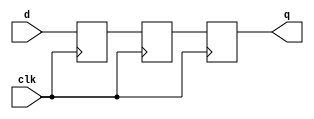
// .. Copyright (C) 2022 Bryan A. Jones
//
// *********
// |docname|
// *********
// (20 points) Write Verilog that outputs the value that was input two clocks cycles ago. For example, an input of 1, 2, 3, 4, ... would produce outputs of (unknown), (unknown), 1, 2, 3, 4, ... Here is one `solution <fall_exam_1_problem_04-solution>`.
//
// Code
// ====
module problem(
    input clk,
    input [7:0] d,
    output reg [7:0] q
);

    // SOLUTION_BEGIN
    reg [7:0] d0, d1;

    always @(posedge clk) begin
        d0 <= d;
        d1 <= d0;
        q <= d1;
    end
    // SOLUTION_END

endmodule

// .. lp_build:: hS3QBEnhtL
//   :builder: verilog